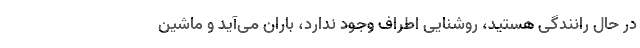
در حال رانندگی هستید، روشنایی اطراف وجود ندارد، باران می‌آید و ماشین